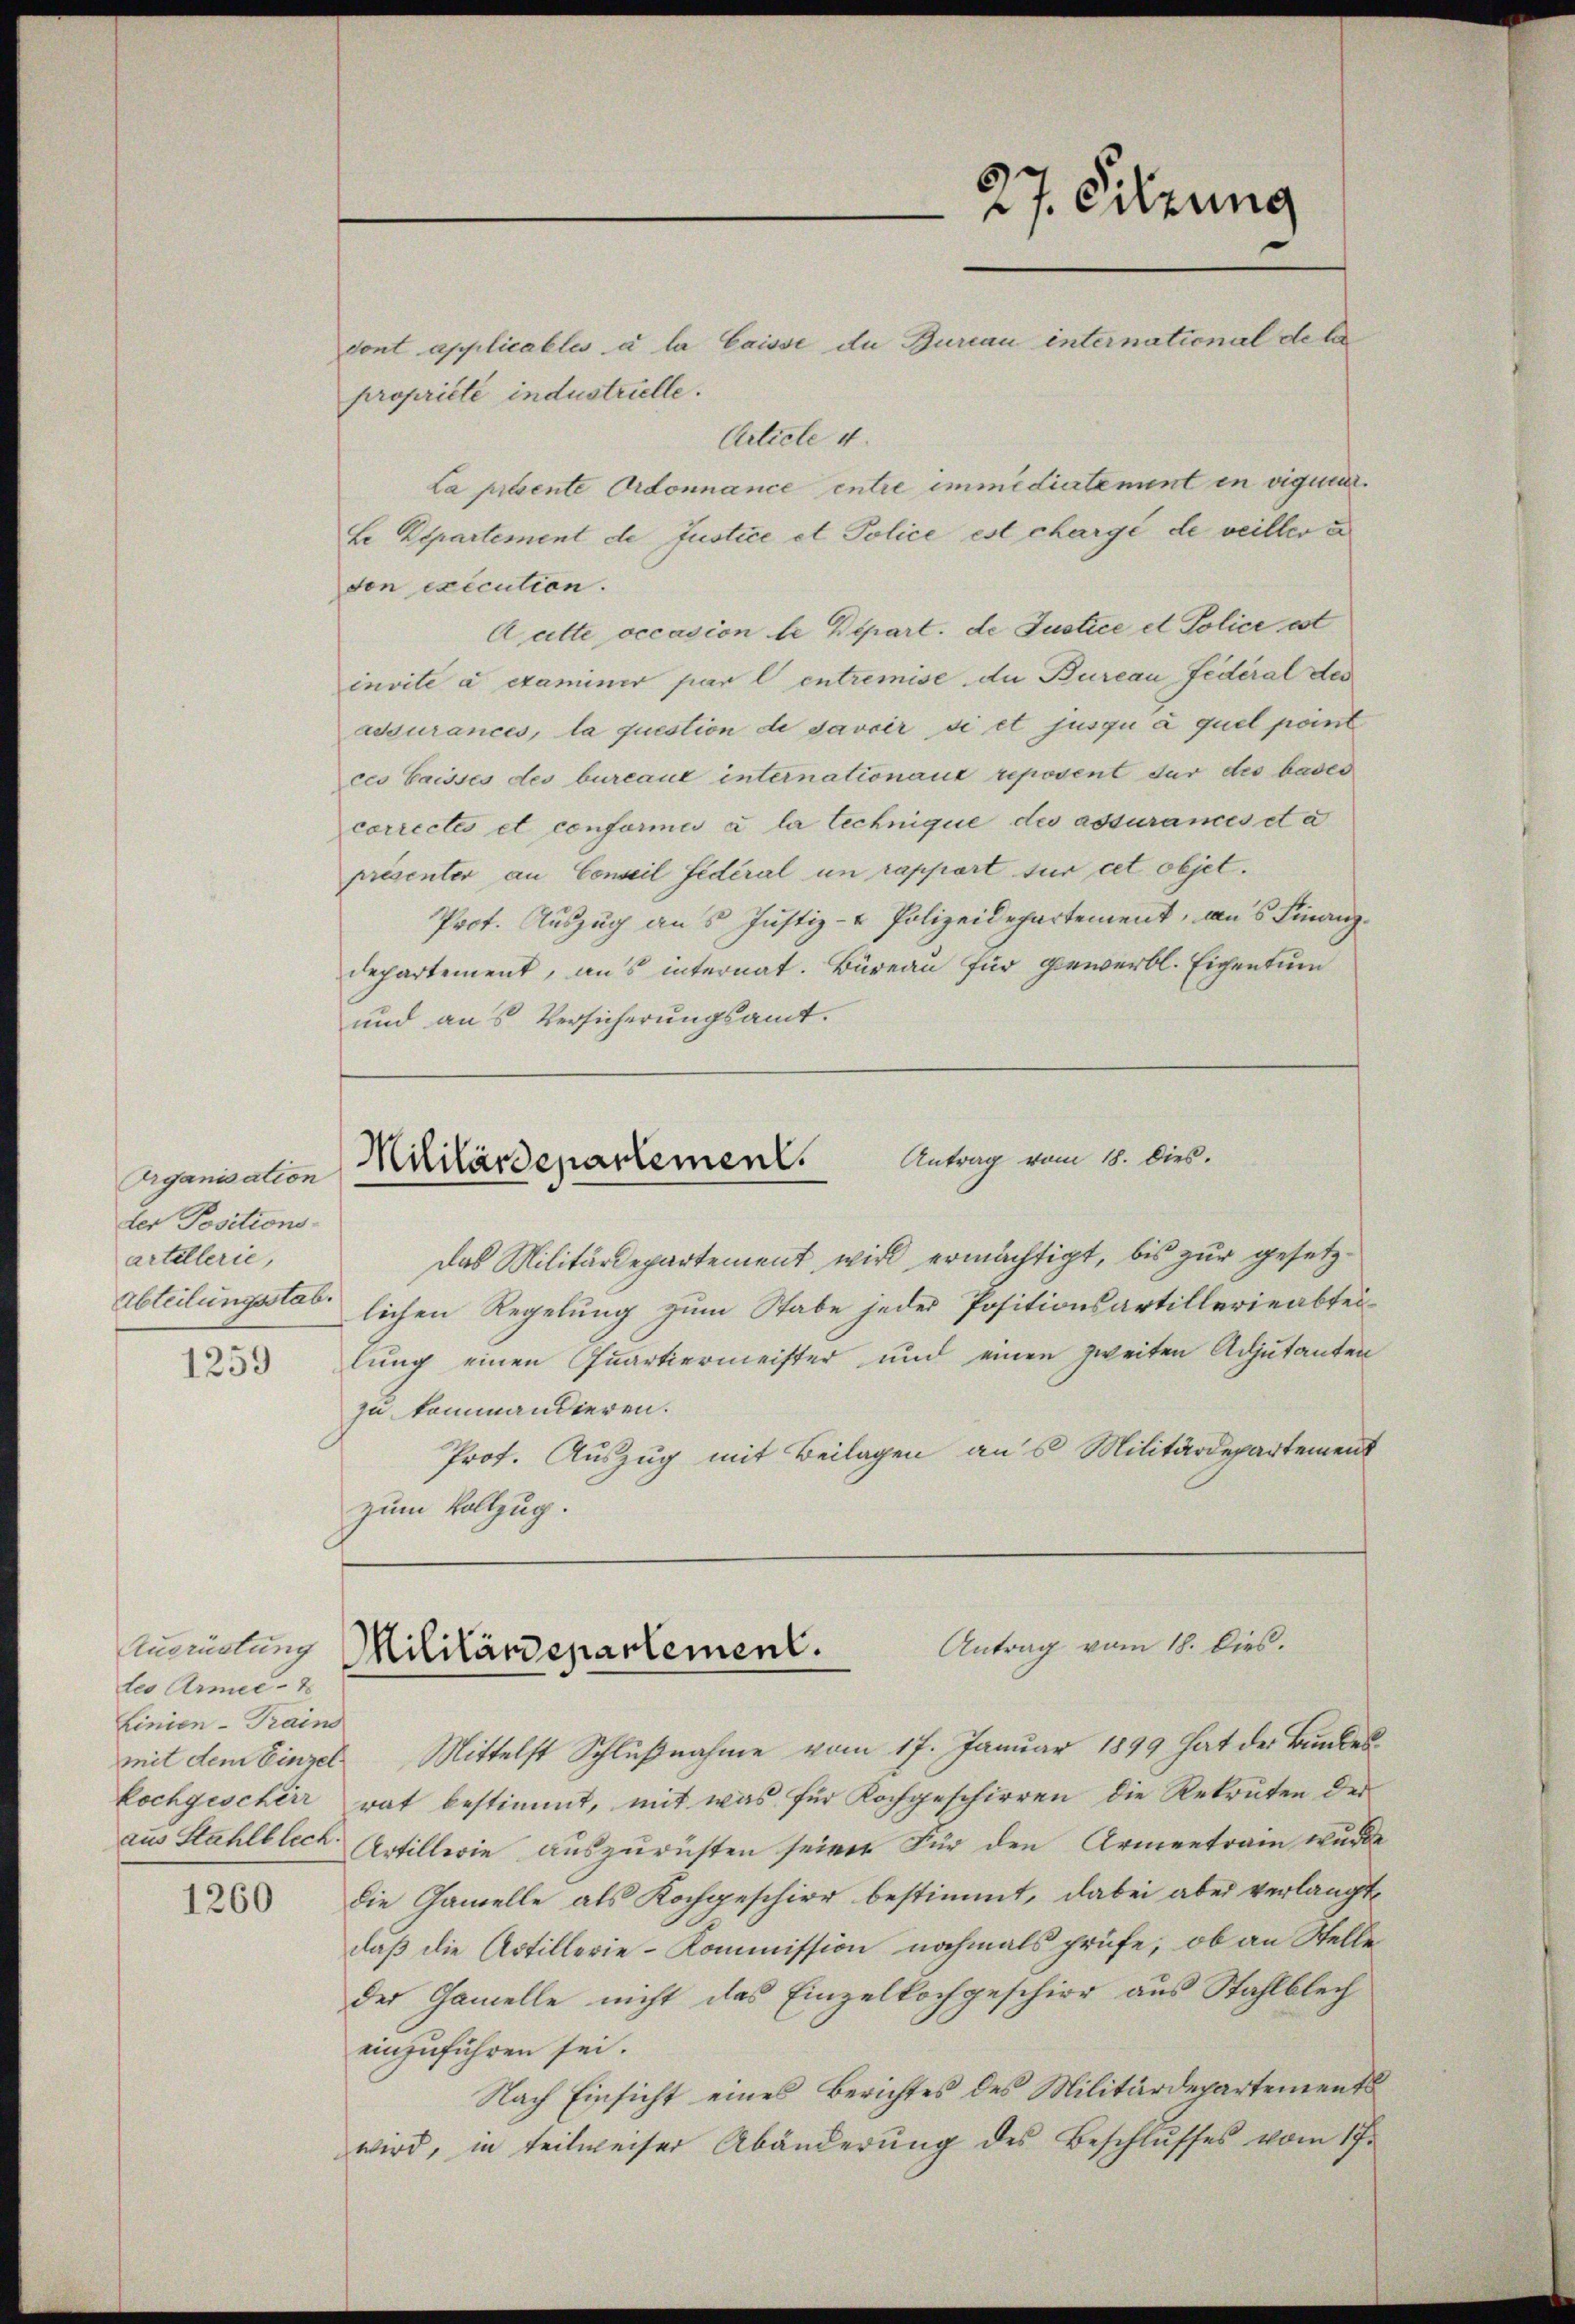
Organisation
der Positions-
artellerie,

1259

Ausrüstung
tes Armee-
Linien-Trains

1260

dont applicables à la Caisse du Bureau international debe
propriété industrielle.
Article 4.
La présente Ordonnance entre immediatement in vigner.
Le Departement de Justice et Police est chargé de veiller a
don execution.
Aatte occasion de Depart. de Justice et Police est
invite à examiner par l. entremise du Bureau fédéral des
adsurances, la question de davoir si et jusqu’ à quel point
ces Gaisses des bureaux internationaux reposent der des bader
correctes et conforme à la lechnique des assurances et a
présenter an Conseil fédéral un rapport fur cet objet.
Prot. Auszug an 5 Justiz- & Polizeidepartement, aus Finanzdepartement, aus internat. Büreau für gewerbl. Eichentum
und aus Versicherungsamt.

Antrag vom 18. Dies.
Mililärdepartement.

das Militärdepartement wird ermächtigt, bis zur gesetzrbteilungsstab, lichen Regelung zum Stabe jeder Positionsartillerieabteilung einen Quartiermeister und einen zweiten Adjutanten
zu kommandieren.
Prof. Auszug mit Beilagen aus Militärdepartement
zum Vollzug.

Antrag vom 18. Dies.
Militärdepartement.

mit dem Einzel Mittelst Schlußnahme vom 17. Januar 1899 hat der Bundeskochgeschirr rat bestimmt, mit was für Kochgeschirren die Rekruten der
aus Stahlblech. Artillerie auszurüsten seinen Für den Armentrain wurde
die Ganelle als Kochgeschier bestimmt, dabei aber verlangt,
daß die Artillerie-Kommission nochmals prüfe, ob an Stelle
der Ganelle nicht das Einzelkochgeschier aus Stahlblech
einzuführen sei.
Nach Einsicht eines Berichtes des Militärdepartements
wird, in teilweiser Abänderŭng des Beschlŭsses vom 17.

27. Sitzung
—